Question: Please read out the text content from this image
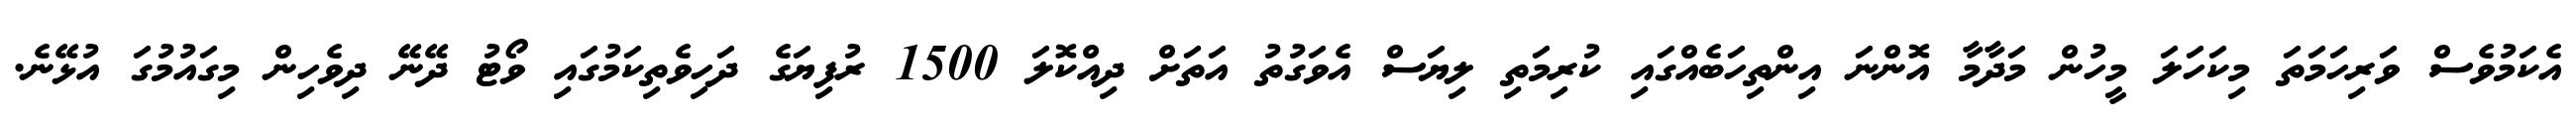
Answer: އެކަމުވެސް ވަރިހަމަތަ މިކަހަލަ މީހުން މަދާމާ އޮންނަ އިންތިހަބެއްގައި ކުރިމަތި ލިޔަސް އެވަގުތު އަތަށް ދިއްކޮލަ 1500 ރުފިޔަގެ ދަހިވެތިކަމުގައި ވޯޓު ދޭނޭ ދިވެހިން މިގައުމުގަ އުޅޭނެ.